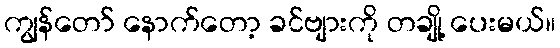
ကျွန်တော် နောက်တော့ ခင်ဗျားကို တချို့ ပေးမယ်။